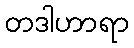
တဒါဟာရာ